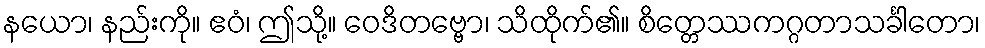
နယော၊ နည်းကို။ ဧဝံ၊ ဤသို့။ ဝေဒိတဗ္ဗော၊ သိထိုက်၏။ စိတ္တေဿကဂ္ဂတာသင်္ခါတော၊